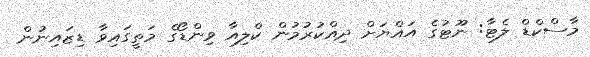
މާސްކްޑް ލެޓާ: ނޫޓުގެ އައްޔަށް ދިއްކުރުމުން ކްލިއާ ވިންޑޯގެ މަތީގައިވާ ޑިޒައިނުން